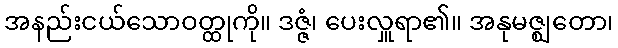
အနည်းငယ်သောဝတ္ထုကို။ ဒဇ္ဇံ၊ ပေးလှူရာ၏။ အနုမဇ္ဈတော၊